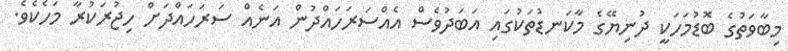
މިބާވަތުގެ ބޮޑުމަހަކީ ދުނިޔޭގެ މާކަނޑުތަކުގައި އަބަދުވެސް އެއްސަރަހައްދުން އަނެއް ސަރަހައްދަށް ހިޖުރަކުރާ މަހެކެވެ.